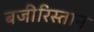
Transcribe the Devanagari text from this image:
बजीरिस्तान